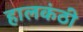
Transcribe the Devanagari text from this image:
हालकंठी